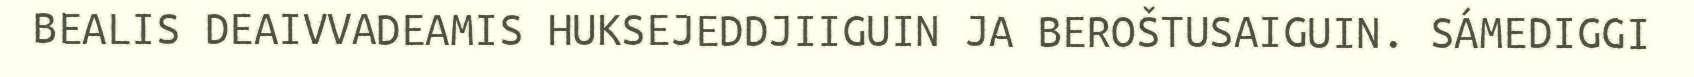
BEALIS DEAIVVADEAMIS HUKSEJEDDJIIGUIN JA BEROŠTUSAIGUIN. SÁMEDIGGI